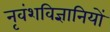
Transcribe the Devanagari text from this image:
नृवंशविज्ञानियों